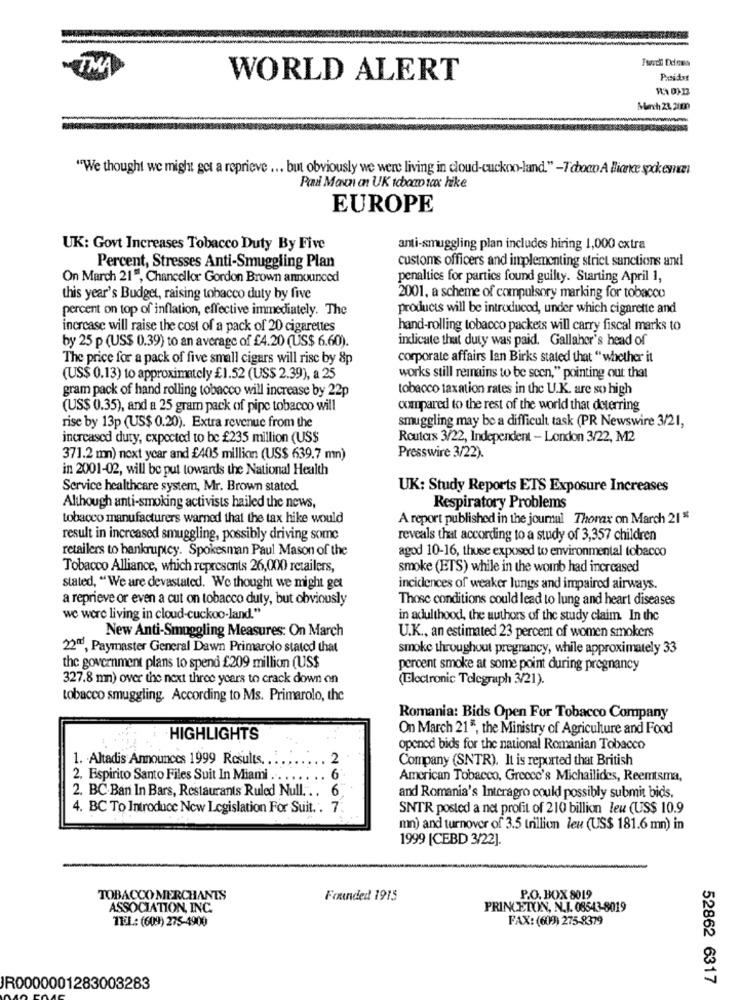
TMA
WORLD ALERT
"We thought we might get a reprieve ... but obviously we were living in cloud-cuckoo-land." -Tcbowo A liance spokesman
Pana Maxn on UK tbowo tax hike
EUROPE
UK: Govt Increases Tobacco Duty By Five
anti-smuggling plan includes hiring 1,000 extra
customs officers and implementing strict sanctions and
Percent, Stresses Anti-Smuggling Plan
On March 21", Chancellor Gordon Brown announced
penalties for partics found guilty. Starting April 1,
this year's Budget, raising tobacco duty by five
2001, a scheme of compulsory marking for tobacco
percent on top of inflation, effective immediately. The
products will be introduced, under which cigarette and
increase will raise the cost of a pack of 20 cigarettes
hand-rolling tobacco packets will carry fiscal marks to
indicate that duty was paid. Gallaher's head of
by 25 p (US$ 0.39) to an average of £4.20 (US$ 6.60).
The price for a pack of five small cigars will rise by 8p
corporate affairs lan Birks stated that "whether it
(US$ 0.13) to approximately £1.52 (US$ 2.39), a 25
works still remains to be seen," pointing out that
gram pack of hand rolling tobacco will increase by 22p
tobacco taxation rates in the U.K. are so high
(US$ 0.35), and a 25 gram pack of pipe tobacco will
compared to the rest of the world that deterring
rise by 13p (US$ 0.20). Extra revenue from the
smuggling may be a difficult task (PR Newswire 3/21,
increased duty, expected to be £235 million (US$
Routers 3/22, Independent - London 3/22, M2
371.2 mn) next year and £405 million (US$ 639.7 mn)
Presswire 3/22).
in 2001-02, will be put towards the National Health
Service healthcare system, Mr. Brown stated.
UK: Study Reports ETS Exposure Increases
Although anti-smoking activists hailed the news,
Respiratory Problems
tobacco manufacturers warned that the tax hike would
A report published in the journal Thorax on March 21"
result in increased smuggling, possibly driving some
reveals that according to a study of 3,357 children
retailers to bankruptcy. Spokesman Paul Mason of the
agod 10-16, thuse exposed to environmental tobacco
Tobacco Alliance, which represents 26,000 retailers,
smoke (ETS) while in the womb had increased
stated, "We are devastated. We thought we might get
incidences of weaker lungs and impaired airways.
a reprieve or even a cut on tobacco duty, but obviously
Those conditions could lead to lung and heart diseases
we were living in cloud-cuckoo-land."
in adulthood, the authors of the study claim. In the
New Anti-Smuggling Measures: On March
U.K ., an estimated 23 percent of women smokers
22™, Paymaster General Dawn Primarolo stated that
smoke throughout pregnancy, while approximately 33
the government plans to spend £209 million (US$
percent smoke at some point during pregnancy
327.8 mm) over the next three years to crack down on
(Electronic Telegraph 3/21).
tobacco smuggling. According to Ms. Primarolo, the
Romania: Bids Open For Tobacco Company
On March 21", the Ministry of Agriculture and Food
HIGHLIGHTS
opened bids for the national Romanian Tobacco
1. Altadis Announces 1999 Results ..
2
Company (SNTR). It is reported that British
2. Espirito Santo Files Suit In Miami .
6
American Tobacco, Greece's Michailides, Reemtsma,
2. BC.Ban In Bars, Restaurants Ruled Null. . .
and Romania's Interagro could possibly submit bids,
4. BC To Introduce New Legislation For Suit. . 7.
SNTR posted a net profit of 210 billion leu (US$ 10.9
mn) and turnover of 3.5 trillion len (US$ 181.6 mn) in
1999 [CEBD 3/22].
TOBACCO MERCHANTS
Founded 1915
P.O. BOX 8019
ASSOCIATION, INC.
PRINCETON, N.I. 08543-8019
TEL: (609) 275-4900
FAX: (609) 275-8379
52862 6317
JR0000001283003283